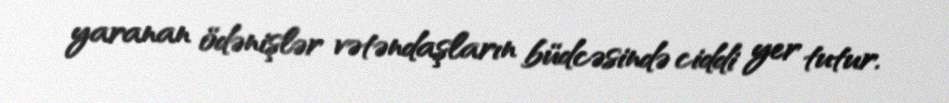
yaranan ödənişlər vətəndaşların büdcəsində ciddi yer tutur.